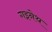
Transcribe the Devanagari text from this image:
गइनेथ